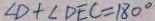
\angle D + \angle D E C = 1 8 0 ^ { \circ }